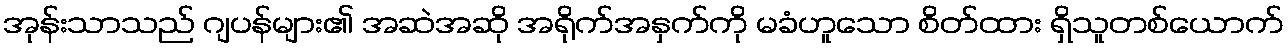
အုန်းသာသည် ဂျပန်များ၏ အဆဲအဆို အရိုက်အနှက်ကို မခံဟူသော စိတ်ထား ရှိသူတစ်ယောက်